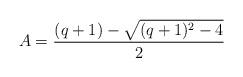
LaTeX: \begin{align*}A=\frac{(q+1)- \sqrt{(q+1)^{2}-4}}{2}\end{align*}